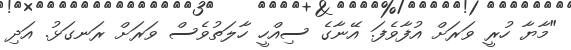
"މާޔާ ހުރީ ވަރަށް އުފާވެފަ. އޭނާގެ ސިއްހީ ހާލަތުވެސް ވަރަށް ރަނގަޅު. އަދި